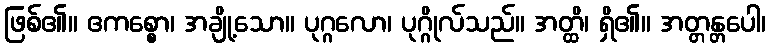
ဖြစ်၏။ ဧကစ္စော၊ အချို့သော။ ပုဂ္ဂလော၊ ပုဂ္ဂိုလ်သည်။ အတ္ထိ၊ ရှိ၏။ အတ္တန္တပေါ၊